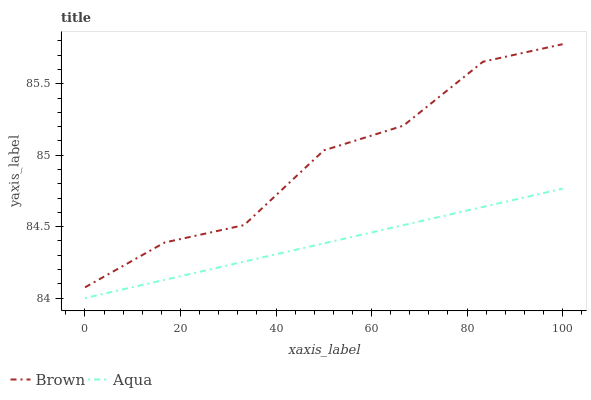
| xaxis_label | Brown | Aqua |
 | --- | --- | --- |
 | 0 | 84.1 | 84 |
 | 16.7 | 84.4 | 84.1 |
 | 33.3 | 84.5 | 84.3 |
 | 50 | 85 | 84.4 |
 | 66.7 | 85.2 | 84.5 |
 | 83.3 | 85.7 | 84.6 |
 | 100 | 85.8 | 84.8 |